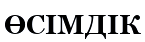
ӨСІМДІК